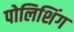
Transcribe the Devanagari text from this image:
पोलिशिंग